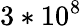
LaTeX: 3*10^{8}